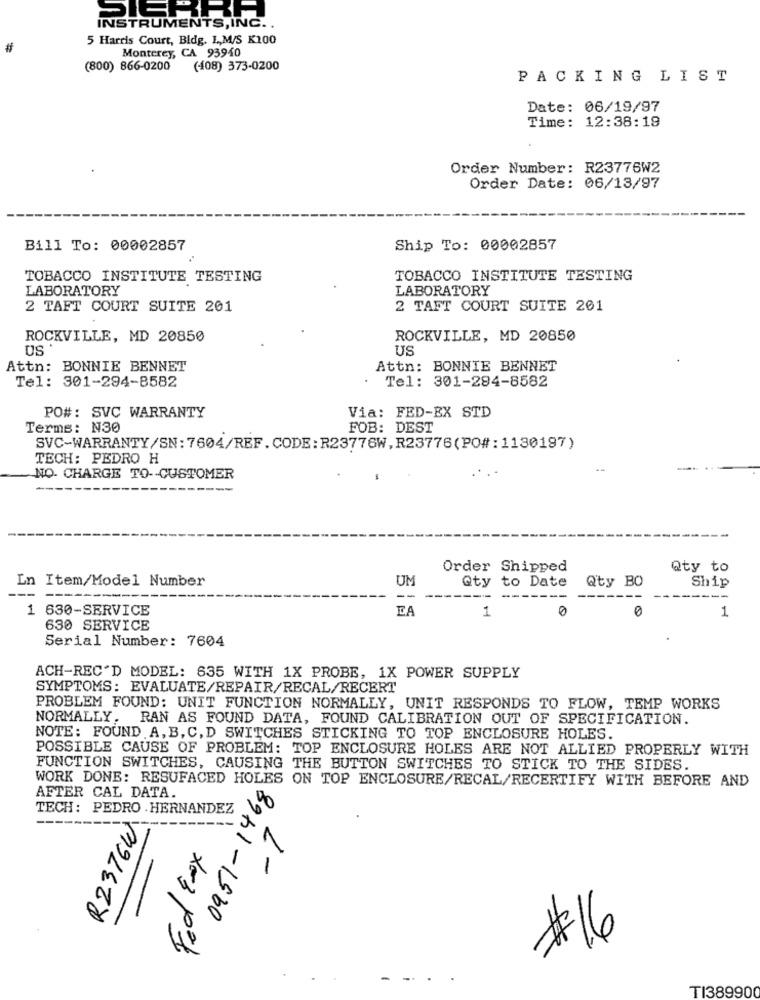
SIERRA
INSTRUMENTS, INC ..
5 Harris Court, Bldg. L,M/S K100
#
Monterey, CA 93940
(800) 866-0200
(408) 373-0200
PACKING LIST
Date: 06/19/97
Time: 12:38:19
Order Number: R23776W2
Order Date: 06/13/97
Bill To: 00002857
Ship To: 00002857
TOBACCO INSTITUTE TESTING
TOBACCO INSTITUTE TESTING
LABORATORY
LABORATORY
2 TAFT COURT SUITE 201
2 TAFT COURT SUITE 201
ROCKVILLE, MD 20850
ROCKVILLE, MD 20850
US
US
Attn: BONNIE BENNET
Attn: BONNIE BENNET
Tel: 301-294-8582
Tel: 301-294-8582
PO#: SVC WARRANTY
Via: FED-EX STD
Terms: N30
FOB: DEST
SVC-WARRANTY/SN: 7604/REF.CODE: R23776W, R23776(PO#:1130197)
TECH: PEDRO H
NO. CHARGE TO-CUSTOMER
Order Shipped
Qty to
In Item/Model Number
UM
Qty to Date
Qty BO
Ship
--
----
1 630-SERVICE
EA
1
0
1
630 SERVICE
Serial Number: 7604
ACH-REC'D MODEL: 635 WITH 1X PROBE, 1X POWER SUPPLY
SYMPTOMS: EVALUATE/REPAIR/RECAL/RECERT
PROBLEM FOUND: UNIT FUNCTION NORMALLY, UNIT RESPONDS TO FLOW, TEMP WORKS
NORMALLY. RAN AS FOUND DATA, FOUND CALIBRATION OUT OF SPECIFICATION.
NOTE: FOUND A, B, C, D SWITCHES STICKING TO TOP ENCLOSURE HOLES.
POSSIBLE CAUSE OF PROBLEM: TOP ENCLOSURE HOLES ARE NOT ALLIED PROPERLY WITH
FUNCTION SWITCHES, CAUSING THE BUTTON SWITCHES TO STICK TO THE SIDES.
WORK DONE: RESUFACED HOLES ON TOP ENCLOSURE/RECAL/RECERTIFY WITH BEFORE AND
AFTER CAL DATA.
TECH: PEDRO . HERNANDEZ
-7
R2376W
Fed Ex
8941-1960
$16
-
TI389900